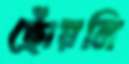
ছোঁয়নি